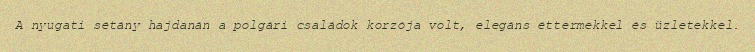
A nyugati sétány hajdanán a polgári családok korzója volt, elegáns éttermekkel és üzletekkel.